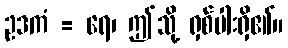
ဥဒကံ = ရေ၊ ဤသို့ ရှစ်ပါးရှိ၏။